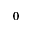
0